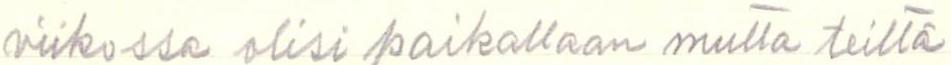
Viikossa olisi paikallaan mutta teillä